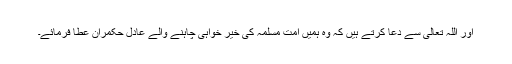
اور اللہ تعالی سے دعا کرتے ہیں کہ وہ ہمیں امت مسلمہ کی خیر خواہی چاہنے والے عادل حکمران عطا فرمائے۔